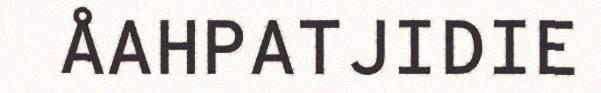
ÅAHPATJIDIE